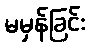
မမှန်ခြင်း